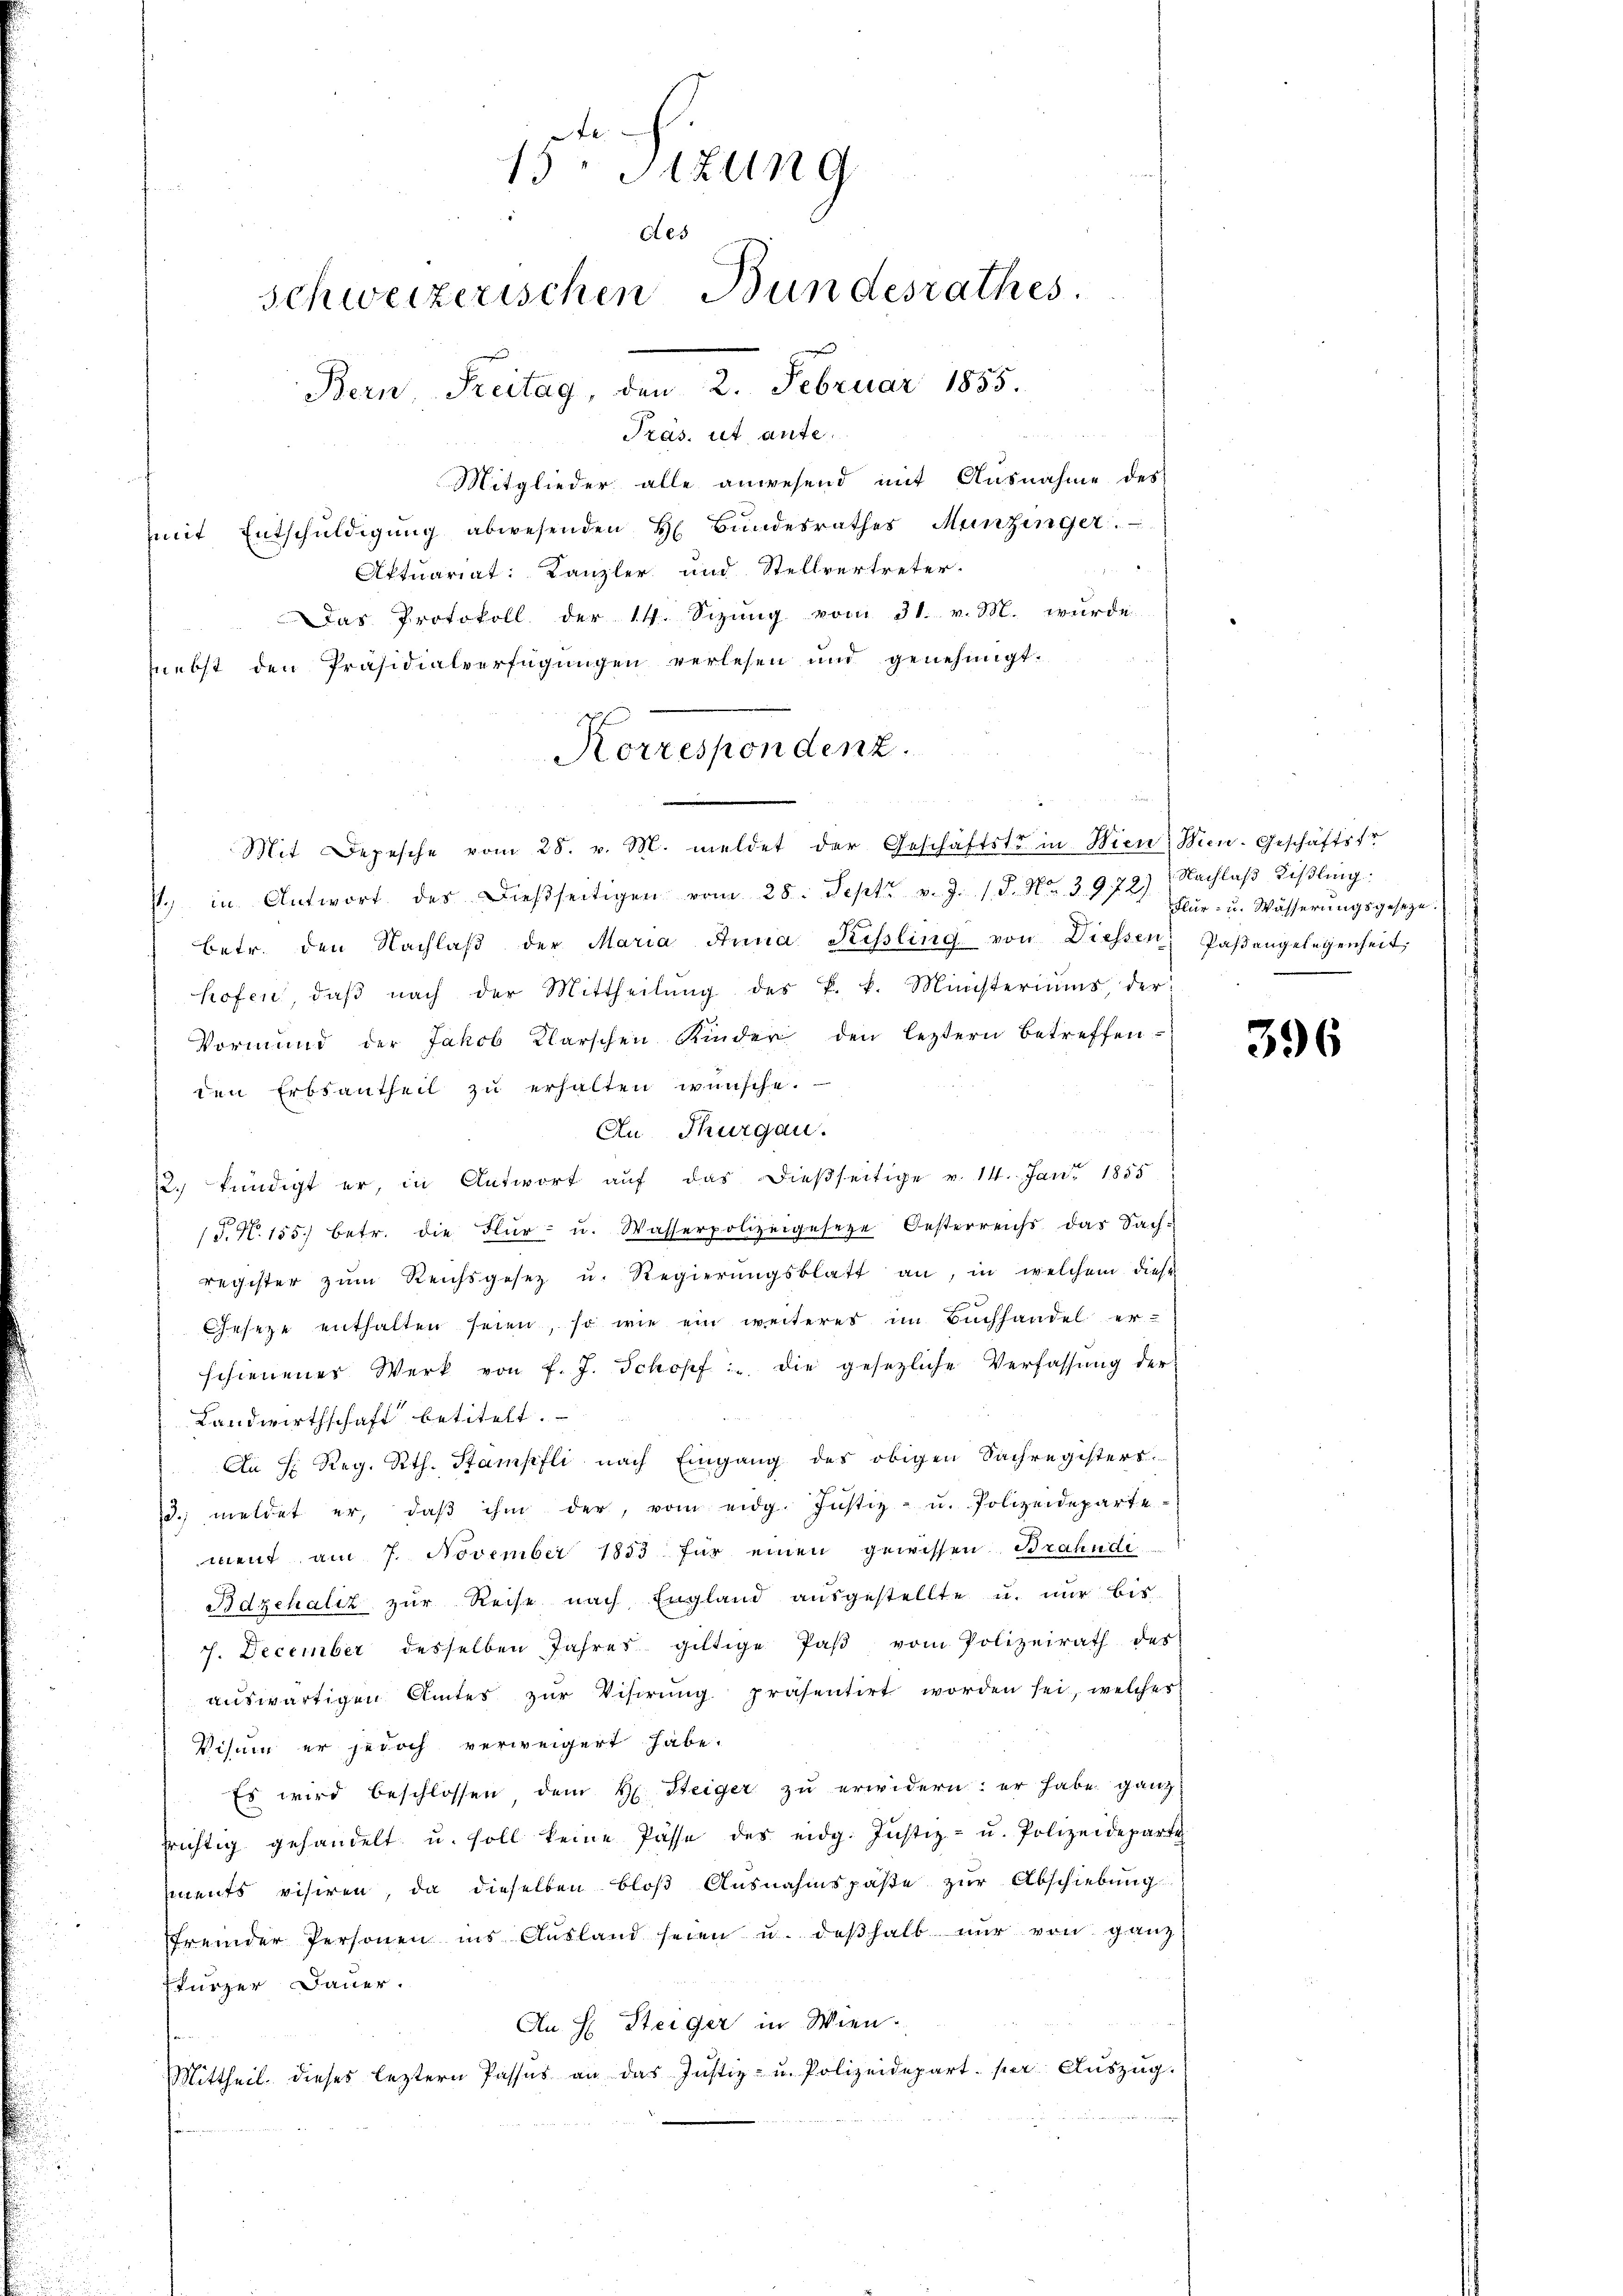
15. Sizung
Aes
schweizerischen Bundesrathes.
Bern, Freitag, den 2. Februar 1855.
Präs. ut aute.

Mitglieder alle anwesend mit Ausnahme des
mit Entschŭldigŭng abwesenden H Bŭndesrathes Munzinger.

Aktuariat: Kanzler und Stellvertreter.
Das Protokoll der 14. Sizung vom 31. v. M. wurde
nebst den Präsidialverfügŭngen verlesen und genehmigt.
Mit Depesche vom 28. v. M. meldet der Geschäftste in Wien, Wien. Geschäftsfr
7. in Antwort des Dieβseitigen vom 28. Sept. v. J. 18. No. 3972) Nachlaβ Liβling:
betr. den Nachlaβ der Maria Anna Kissling von Diessen Paβangelegenheit,
hofen, daβ nach der Mittheilŭng des k. k. Ministeriums, der
Vormund der Jakob Klarschen Kinder den leztern betreffen-
den Erbsantheil zu erhalten wünsche.
An Thurgau.
2. kündigt er, in Antwort auf das dießseitige v. 14. Jan. 1855
/S. N. 155. betr. die Flur- u. Wasserpolizeigeseze Oesterreichs das Sach-
register zum Reichsgesetz u. Regierŭngsblatt an, in welchem diese
Geseze enthalten seien, so wie ein weiteres im Buchhandel er-
schienenes Werk von f. J. Schopf: die gesezliche Verfassŭng der
Landwirthschaft betitelt.
An H. Reg. Rth. Stampfli nach Eingang des obigen Sachregisters
d. meldet er, daβ ihm der, vom eidg. Justiz- u. Polizeideparte-
ment am 7. November 1833 für einen gewissen. Brahndi
Bdzchaliz zur Reise nach England ausgestellte u. nur bis
J. December desselben Jahres giltige Paβ vom Polizeirath des
auswärtigen Amtes zur Visirung präsentirt worden sei, welcher
Visum er jedoch verweigert habe.
Es wird beschlossen dem H. Steiger zŭ erwidern: er habe ganz
richtig gehandelt u. soll keine Pässe des eidg. Justiz- u. Polizeideparte
ments visiren, da dieselben bloβ Ausnahmspaβe zŭr Abschiebung
fremder Personen ins Aŭsland seien u. deβhalb nŭr von ganz
Fkurzer Dauer.
An H: Steiger in Wien.
Mittheil dieses leztern Passus an das Justiz- u. Polizeidepart. (er Aŭszŭg.
 genen

Korrespondenz.

Flur- u. Wässerungsgeseze.

396